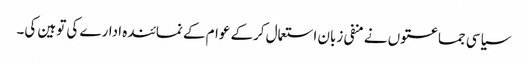
سیاسی جماعتوں نے منفی زبان استعمال کرکے عوام کے نمائندہ ادارے کی توہین کی۔